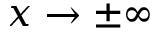
x \to \pm \infty